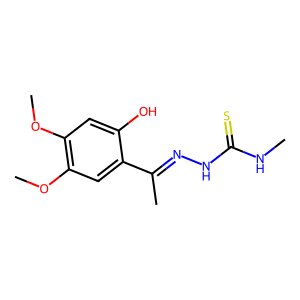
SMILES: CNC(=S)NN=C(C)c1cc(OC)c(OC)cc1O
Inhibits HIV replication: No